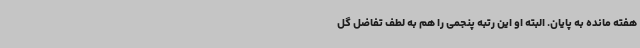
هفته مانده به پایان. البته او این رتبه پنجمی را هم به لطف تفاضل گل